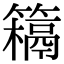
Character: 𥵰